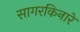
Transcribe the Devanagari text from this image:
सागरकिनारे